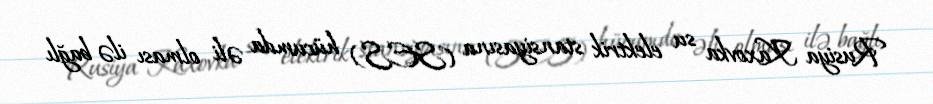
Rusiya Kaxovka su elektrik stansiyasına (SES) hücumda əli olması ilə bağlı